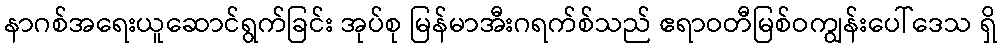
နာဂစ်အရေးယူဆောင်ရွက်ခြင်း အုပ်စု မြန်မာအီးဂရက်စ်သည် ဧရာဝတီမြစ်ဝကျွန်းပေါ်ဒေသ ရှိ